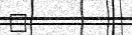
١